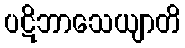
ပဋိဘာသေယျာတိ